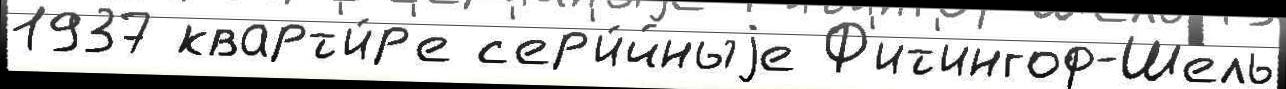
1937 кварт'и́р'е с'ер'и́йныjе Ф'ит'ингоф-Шель